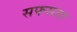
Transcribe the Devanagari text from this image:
सफसता